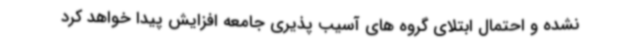
نشده و احتمال ابتلای گروه های آسیب پذیری جامعه افزایش پیدا خواهد کرد